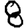
Digit: 8